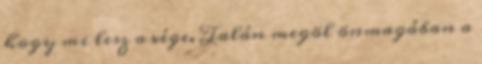
hogy mi lesz a vége. Talán megöl önmagában a